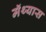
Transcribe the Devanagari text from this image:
मॅथ्यास